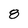
Character: 8